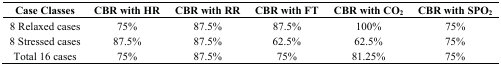
| Case Classes | CBR with HR | CBR with RR | CBR with FT | CBR with CO2 | CBR with SPO2 |
 | --- | --- | --- | --- | --- | --- |
 | 8 Relaxed cases | 75% | 87.5% | 87.5% | 100% | 75% |
 | 8 Stressed cases | 87.5% | 87.5% | 62.5% | 62.5% | 75% |
 | Total 16 cases | 75% | 87.5% | 75% | 81.25% | 75% |